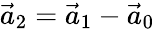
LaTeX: \vec{a}_{2}=\vec{a}_{1}-\vec{a}_{0}